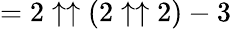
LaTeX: =2\uparrow\uparrow(2\uparrow\uparrow 2)-3